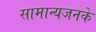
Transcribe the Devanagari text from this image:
सामान्यजनके